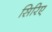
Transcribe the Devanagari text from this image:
सिरिए